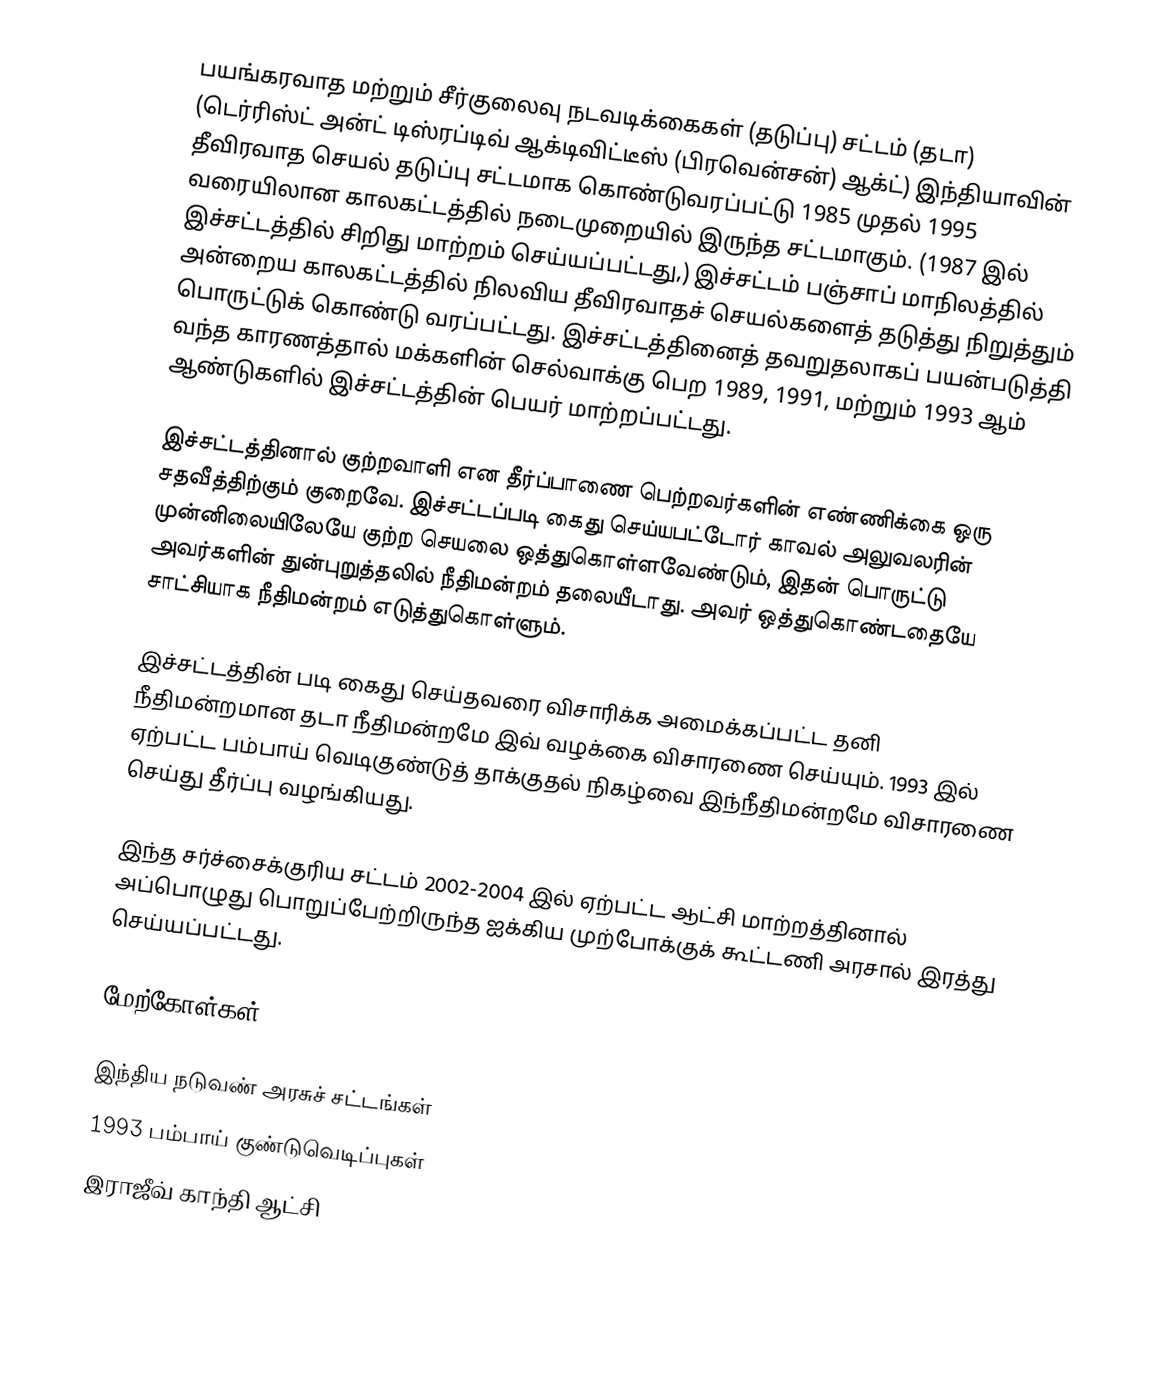
பயங்கரவாத மற்றும் சீர்குலைவு நடவடிக்கைகள் (தடுப்பு) சட்டம் (தடா) (டெர்ரிஸ்ட் அன்ட் டிஸ்ரப்டிவ் ஆக்டிவிட்டீஸ் (பிரவென்சன்) ஆக்ட்) இந்தியாவின் தீவிரவாத செயல் தடுப்பு சட்டமாக கொண்டுவரப்பட்டு 1985 முதல் 1995 வரையிலான காலகட்டத்தில் நடைமுறையில் இருந்த சட்டமாகும். (1987 இல் இச்சட்டத்தில் சிறிது மாற்றம் செய்யப்பட்டது,) இச்சட்டம் பஞ்சாப் மாநிலத்தில் அன்றைய காலகட்டத்தில் நிலவிய தீவிரவாதச் செயல்களைத் தடுத்து நிறுத்தும் பொருட்டுக் கொண்டு வரப்பட்டது. இச்சட்டத்தினைத் தவறுதலாகப் பயன்படுத்தி வந்த காரணத்தால் மக்களின் செல்வாக்கு பெற  1989, 1991, மற்றும் 1993 ஆம் ஆண்டுகளில் இச்சட்டத்தின் பெயர் மாற்றப்பட்டது.

இச்சட்டத்தினால் குற்றவாளி என தீர்ப்பாணை பெற்றவர்களின் எண்ணிக்கை ஒரு சதவீத்திற்கும் குறைவே. இச்சட்டப்படி கைது செய்யபட்டோர் காவல் அலுவலரின் முன்னிலையிலேயே குற்ற செயலை ஒத்துகொள்ளவேண்டும், இதன் பொருட்டு அவர்களின் துன்புறுத்தலில் நீதிமன்றம் தலையீடாது. அவர் ஒத்துகொண்டதையே சாட்சியாக நீதிமன்றம் எடுத்துகொள்ளும்.

இச்சட்டத்தின் படி கைது செய்தவரை விசாரிக்க அமைக்கப்பட்ட தனி நீதிமன்றமான தடா நீதிமன்றமே இவ் வழக்கை விசாரணை செய்யும். 1993 இல் ஏற்பட்ட பம்பாய் வெடிகுண்டுத் தாக்குதல் நிகழ்வை இந்நீதிமன்றமே விசாரணை செய்து தீர்ப்பு வழங்கியது.

இந்த சர்ச்சைக்குரிய சட்டம் 2002-2004 இல் ஏற்பட்ட ஆட்சி மாற்றத்தினால் அப்பொழுது பொறுப்பேற்றிருந்த ஐக்கிய முற்போக்குக் கூட்டணி அரசால் இரத்து செய்யப்பட்டது.

மேற்கோள்கள்

இந்திய நடுவண் அரசுச் சட்டங்கள்
1993 பம்பாய் குண்டுவெடிப்புகள்
இராஜீவ் காந்தி ஆட்சி